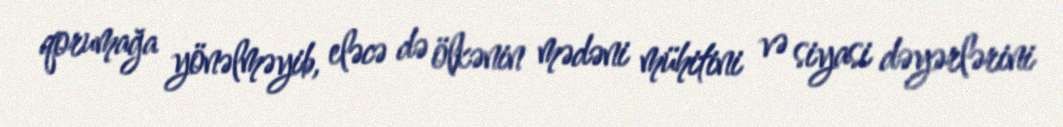
qorumağa yönəlməyib, eləcə də ölkənin mədəni mühitini və siyasi dəyərlərini